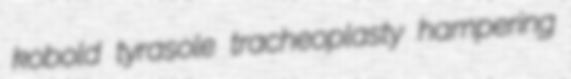
kobold tyrasole tracheoplasty hampering